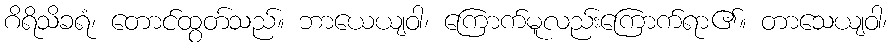
ဂိရိသိခရံ၊ တောင်ထွတ်သည်။ ဘာယေယျဝါ၊ ကြောက်မူလည်းကြောက်ရာ၏။ တာသေယျဝါ၊